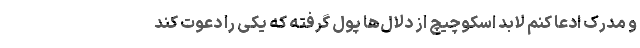
و مدرک ادعا کنم لابد اسکوچیچ از دلال‌ها پول گرفته که یکی را دعوت کند